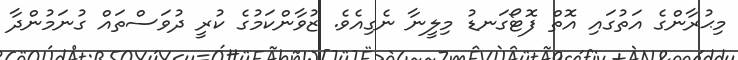
މިޙުރާންގެ އަތުގައި އޮތް ފޮޓޯގަނޑު މިލީނާ ނެގިއެވެ. ޒުވާންކަމުގެ ކުރީ ދުވަސްތައް ގުނަމުންދާ